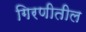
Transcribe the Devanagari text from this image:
गिरणीतील